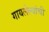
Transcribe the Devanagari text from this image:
गायलेल्यांची